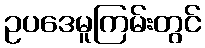
ဥပဒေမူကြမ်းတွင်